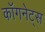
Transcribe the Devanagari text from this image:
कॉगनेट्स